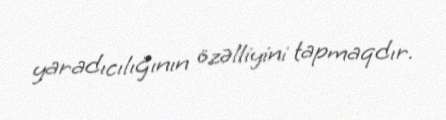
yaradıcılığının özəlliyini tapmaqdır.